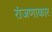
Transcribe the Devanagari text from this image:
रांजणाकार